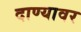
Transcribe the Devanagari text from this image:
दाण्यावर